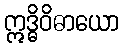
ဣဒ္ဓိဝိဓာယော